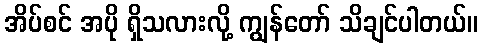
အိပ်စင် အပို ရှိသလားလို့ ကျွန်တော် သိချင်ပါတယ်။